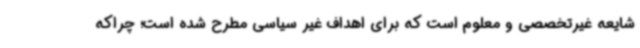
شایعه غیرتخصصی و معلوم است که برای اهداف غیر سیاسی مطرح شده است؛ چراکه